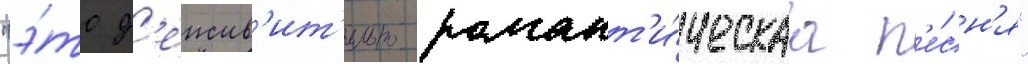
"э́то д'еиств'ит'ельно романт'и́ческаа п'е́сн'я"